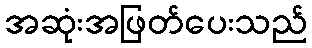
အဆုံးအဖြတ်ပေးသည်